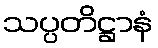
သပ္ပတိဋ္ဌာနံ